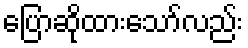
ပြောဆိုထားသော်လည်း